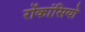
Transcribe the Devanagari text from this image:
रोंकांसियो